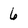
Character: 6